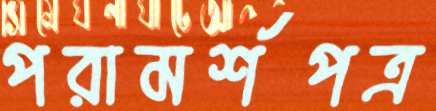
পরামর্শপত্র